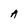
Character: A